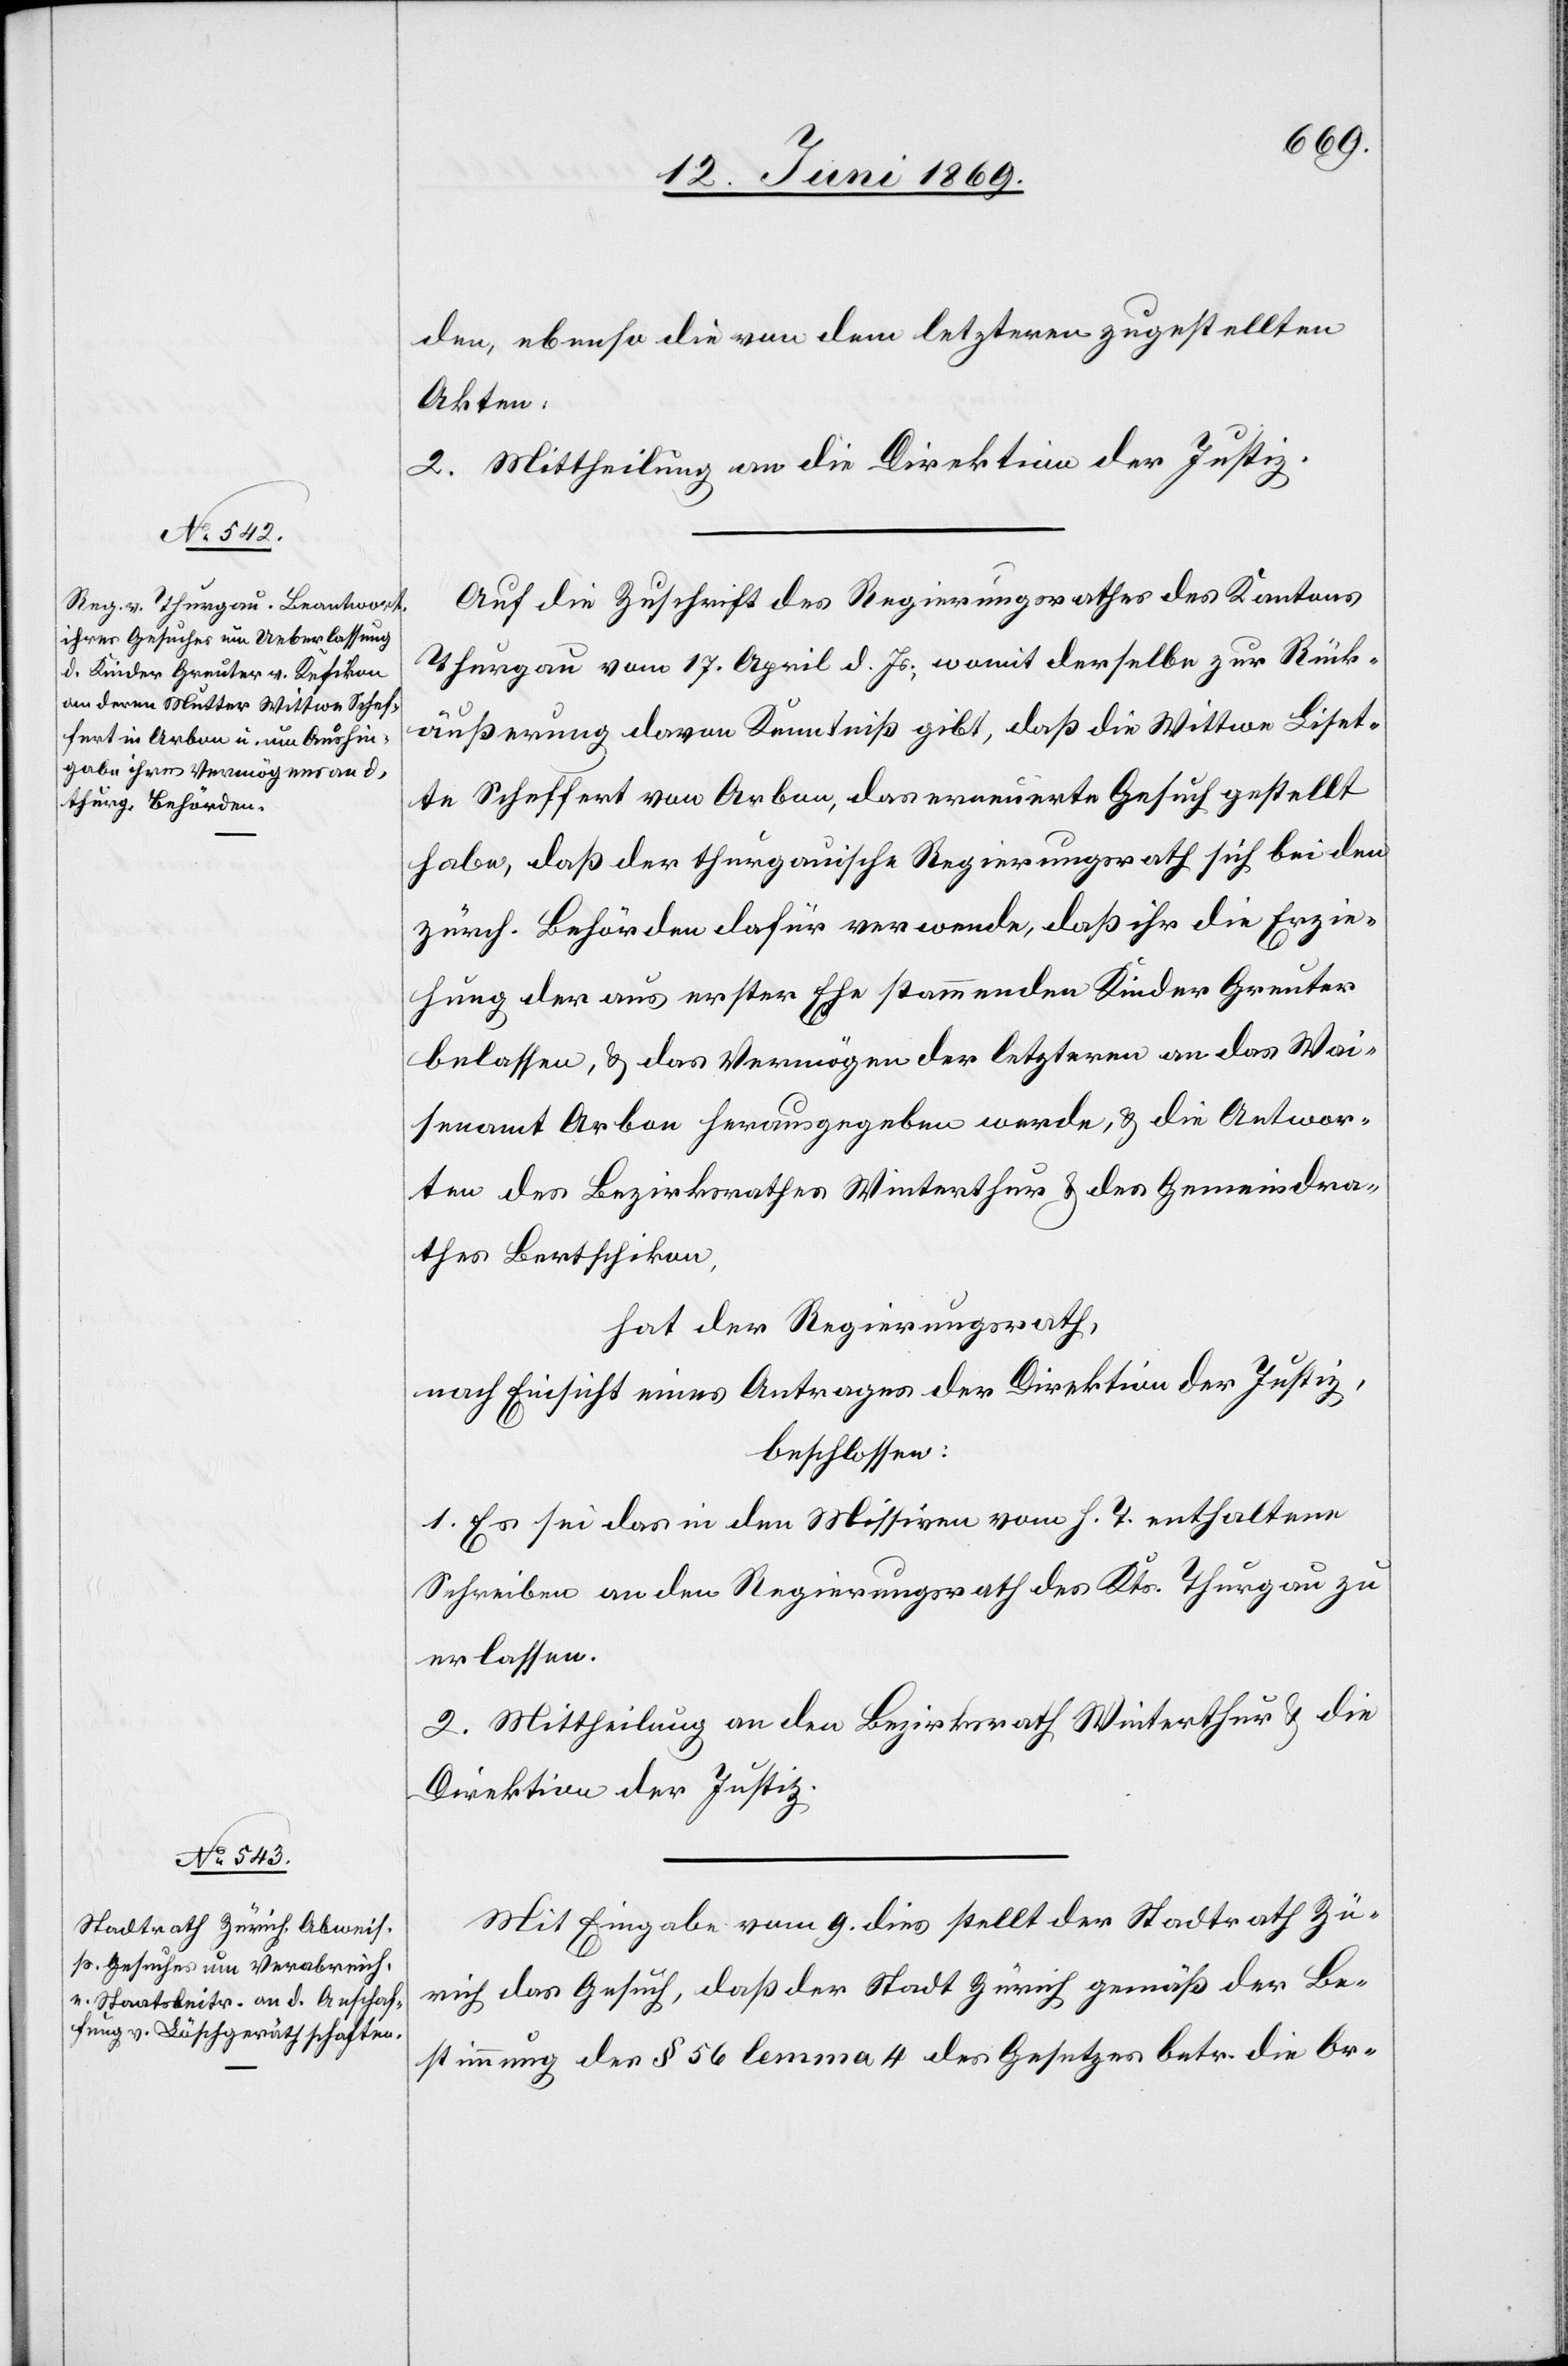
den, ebenso die von dem letzteren zugestellten
Akten,
2. Mittheilung an die Direktion der Justiz.
Auf die Zuschrift des Regierungsrathes des Kantons
Thurgau vom 17 April d. Js., womit derselbe zur Rück¬
äußerung davon Kenntniß gibt, daß die Wittwe Liset¬
te Scheffert von Arbon, das erneuerte Gesuch gestellt
habe, daß der thurgauische Regierungsrath sich bei den
zürch. Behörden dafür verwende, daß ihr die Erzie¬
hung der aus erster Ehe stammenden Kinder Greuter
belassen, u. das Vermögen der letztern an das Wai¬
senamt Arbon herausgegeben werde, u. die Antwor¬
ten des Bezirksrathes Winterthur u. des Gemeindra¬
thes Bertschikon,
hat der Regierungsrath,
nach Einsicht eines Antrages der Direktion der Justiz,
beschlossen:
1. Es sei das in den Missiven vom h. T. enthaltene
Schreiben an den Regierungsrath des Kts. Thurgau zu
erlassen.
2. Mittheilung an den Bezirksrath Winterthur u. die
Direktion der Justiz.
Mit Eingabe vom 9. dies stellt der Stadtrath Zü¬
rich das Gesuch, daß der Stadt Zürich gemäß der Be¬
stimmung der § 56 lemma 4 des Gesetzes betr. die Or-